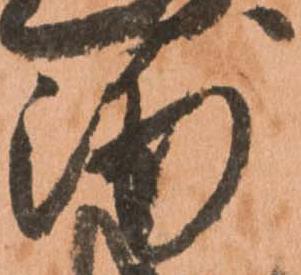
浦